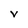
Character: v